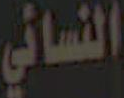
النسائي